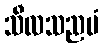
သီလသညမံ